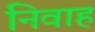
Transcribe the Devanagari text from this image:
निवाह